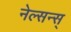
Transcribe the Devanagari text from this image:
नेल्सन्स्